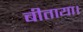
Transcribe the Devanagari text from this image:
बीताया।